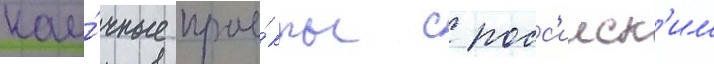
нау́чные прое́кты с росс'ииск'им